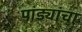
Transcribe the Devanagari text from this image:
पांड्यांचा